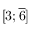
[ 3 ; { \overline { { 6 } } } ]